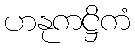
ဟနုကဋ္ဌိကံ